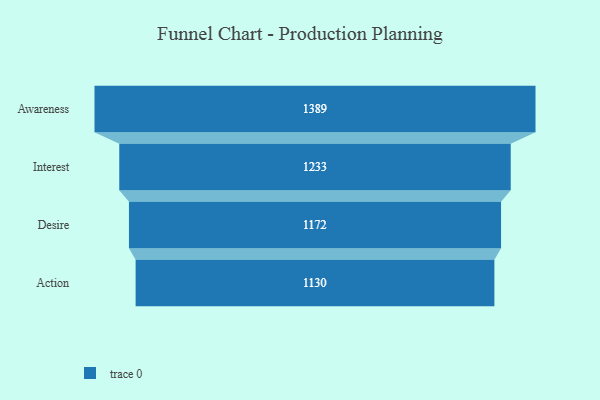
{"axis": {"x": "Stage", "y": "Value"}, "legend": [""], "data": [{"x": "Awareness", "y": 1389.0, "type": ""}, {"x": "Interest", "y": 1233.0, "type": ""}, {"x": "Desire", "y": 1172.0, "type": ""}, {"x": "Action", "y": 1130.0, "type": ""}]}